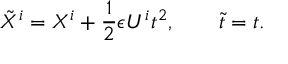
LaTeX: { \tilde { X } ^ { i } } = X ^ { i } + \frac { 1 } { 2 } \epsilon U ^ { i } t ^ { 2 } , \qquad { \tilde { t } } = t .